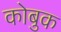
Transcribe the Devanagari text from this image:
कोबुक